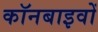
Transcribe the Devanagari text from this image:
कॉनबाइवों